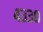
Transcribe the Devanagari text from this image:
४३३०